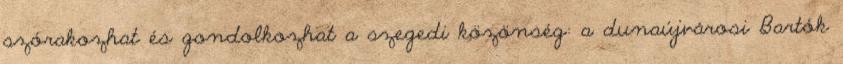
szórakozhat és gondolkozhat a szegedi közönség: a dunaújvárosi Bartók